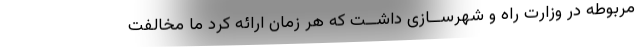
مربوطه در وزارت راه و شهرســازی داشــت که هر زمان ارائه کرد ما مخالفت